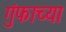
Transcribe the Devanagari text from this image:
गुंफाच्या